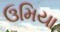
ઉમિયા